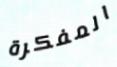
المفكرة